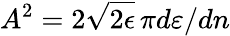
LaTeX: A^{2}={2\sqrt{2\epsilon}}\, {\pi}{d\varepsilon}/{dn}